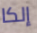
إلكا